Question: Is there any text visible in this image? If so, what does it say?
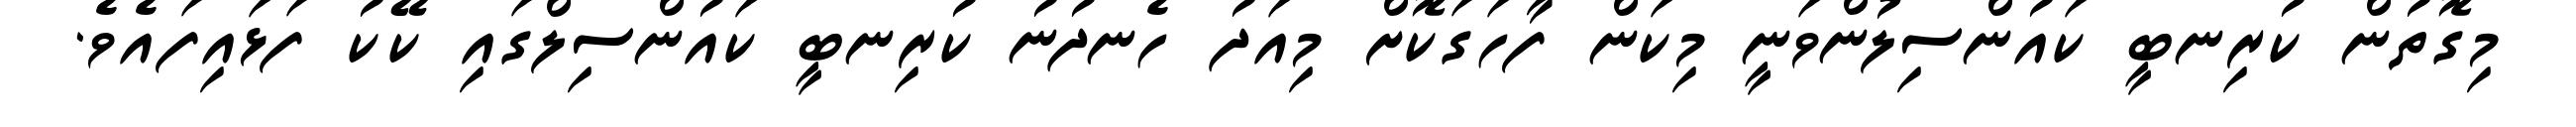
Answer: މިގޮތުން ކުރިނބީ ކައުންސިލުންވަނީ މިކަން ފާހަގަކޮށް މިއަދު ހެނދުނު ކުރިނބީ ކައުންސިލްގައި ކޭކު ފަޅައިފައެވެ.